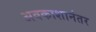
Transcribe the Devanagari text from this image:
अवकाशानंतर